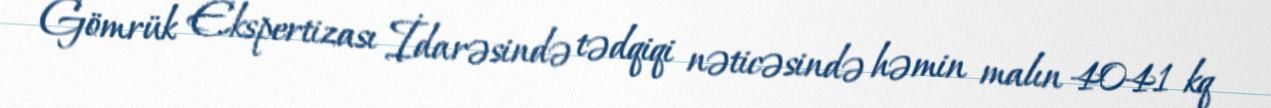
Gömrük Ekspertizası İdarəsində tədqiqi nəticəsində həmin malın 4041 kq